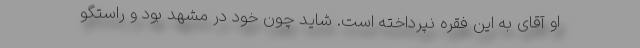
او آقای به این فقره نپرداخته است. شاید چون خود در مشهد بود و راستگو